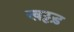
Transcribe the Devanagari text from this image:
खट्टड़